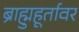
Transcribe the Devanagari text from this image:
ब्राह्मुहूर्तावर